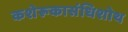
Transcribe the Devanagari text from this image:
कशेरूकासंधिशोथ